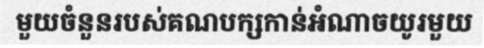
មួយចំនួនរបស់គណបក្សកាន់អំណាចយូរមួយ